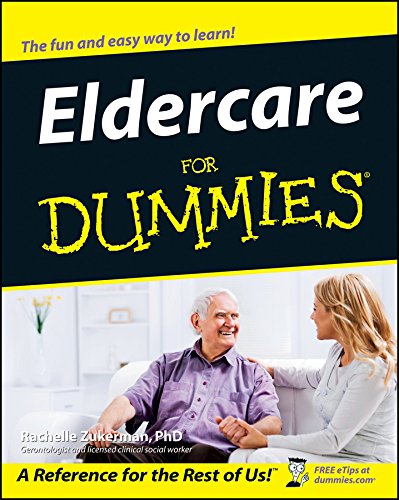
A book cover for Eldercare For Dummies; Rachelle Zukerman; Parenting & Relationships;